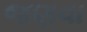
જણવા